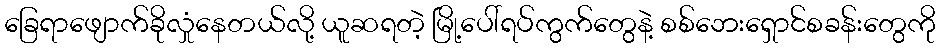
ခြေရာဖျောက်ခိုလှုံနေတယ်လို့ ယူဆရတဲ့ မြို့ပေါ်ရပ်ကွက်တွေနဲ့ စစ်ဘေးရှောင်စခန်းတွေကို